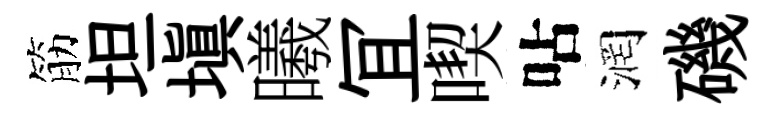
筋坦塡曦冝喫呫润磯